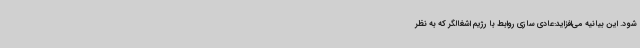
شود. این بیانیه می‌افزاید:عادی سازی روابط با رژیم اشغالگر که به نظر